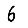
Digit: 6